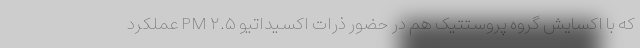
که با اکسایش گروه پروستتیک هم در حضور ذرات اکسیداتیو PM ۲.۵ عملکرد